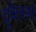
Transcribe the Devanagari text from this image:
ट्रवेलर्स